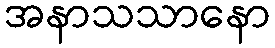
အနာသသာနော